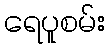
ရေပူစမ်း